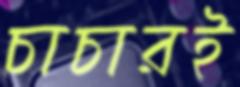
চাচারই